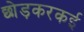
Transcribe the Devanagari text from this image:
छोड़करकई